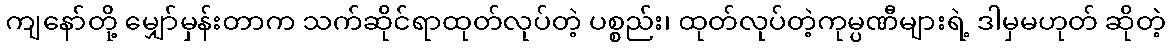
ကျနော်တို့ မျှော်မှန်းတာက သက်ဆိုင်ရာထုတ်လုပ်တဲ့ ပစ္စည်း၊ ထုတ်လုပ်တဲ့ကုမ္ပဏီများရဲ့ ဒါမှမဟုတ် ဆိုတဲ့